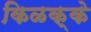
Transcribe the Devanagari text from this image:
किळक्के